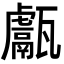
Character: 甗